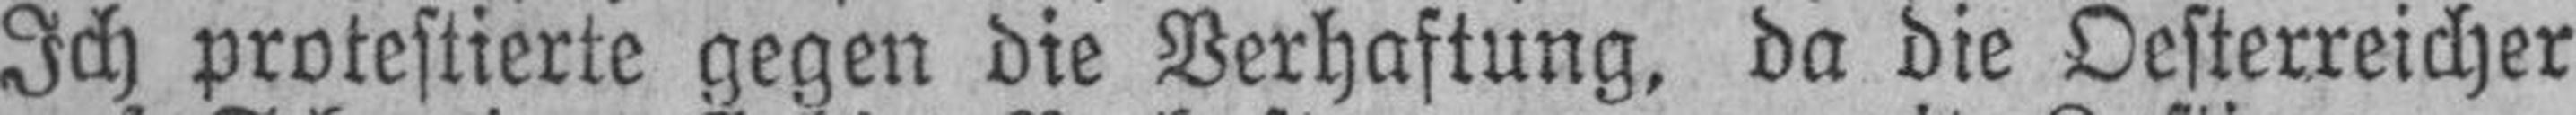
Ich protestierte gegen die Verhaftung, da die Oesterreicher